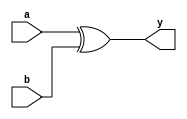
module xor_gatelevel(y,a,b);
output y;
input a,b;
xor(y,a,b);

endmodule